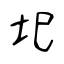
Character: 圯